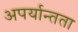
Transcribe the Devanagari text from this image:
अपर्यान्तता